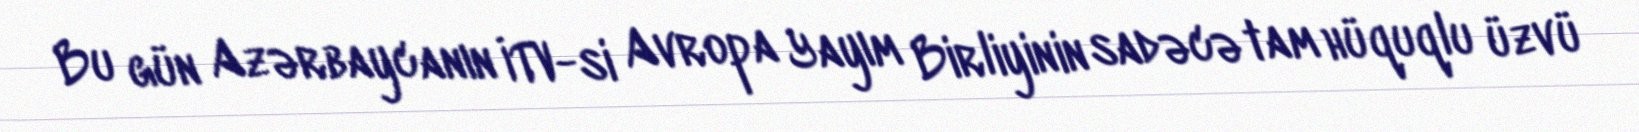
Bu gün Azərbaycanın İTV-si Avropa Yayım Birliyinin sadəcə tam hüquqlu üzvü